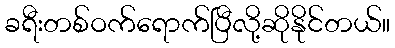
ခရီးတစ်ဝက်ရောက်ပြီလို့ဆိုနိုင်တယ်။